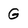
Character: G